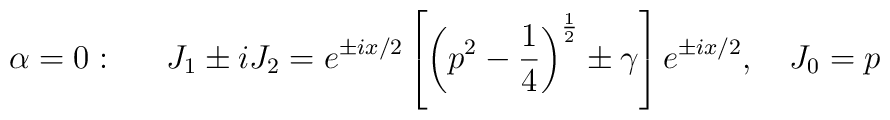
\alpha =0:\quad \,\,\,J_1\pm iJ_2=e^{\pm ix/2}\left[ \left( p^2-\frac14\right) ^{\frac 12}\pm \gamma \right] e^{\pm ix/2},\quad J_0=p